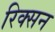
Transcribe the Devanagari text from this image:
रिक्सन